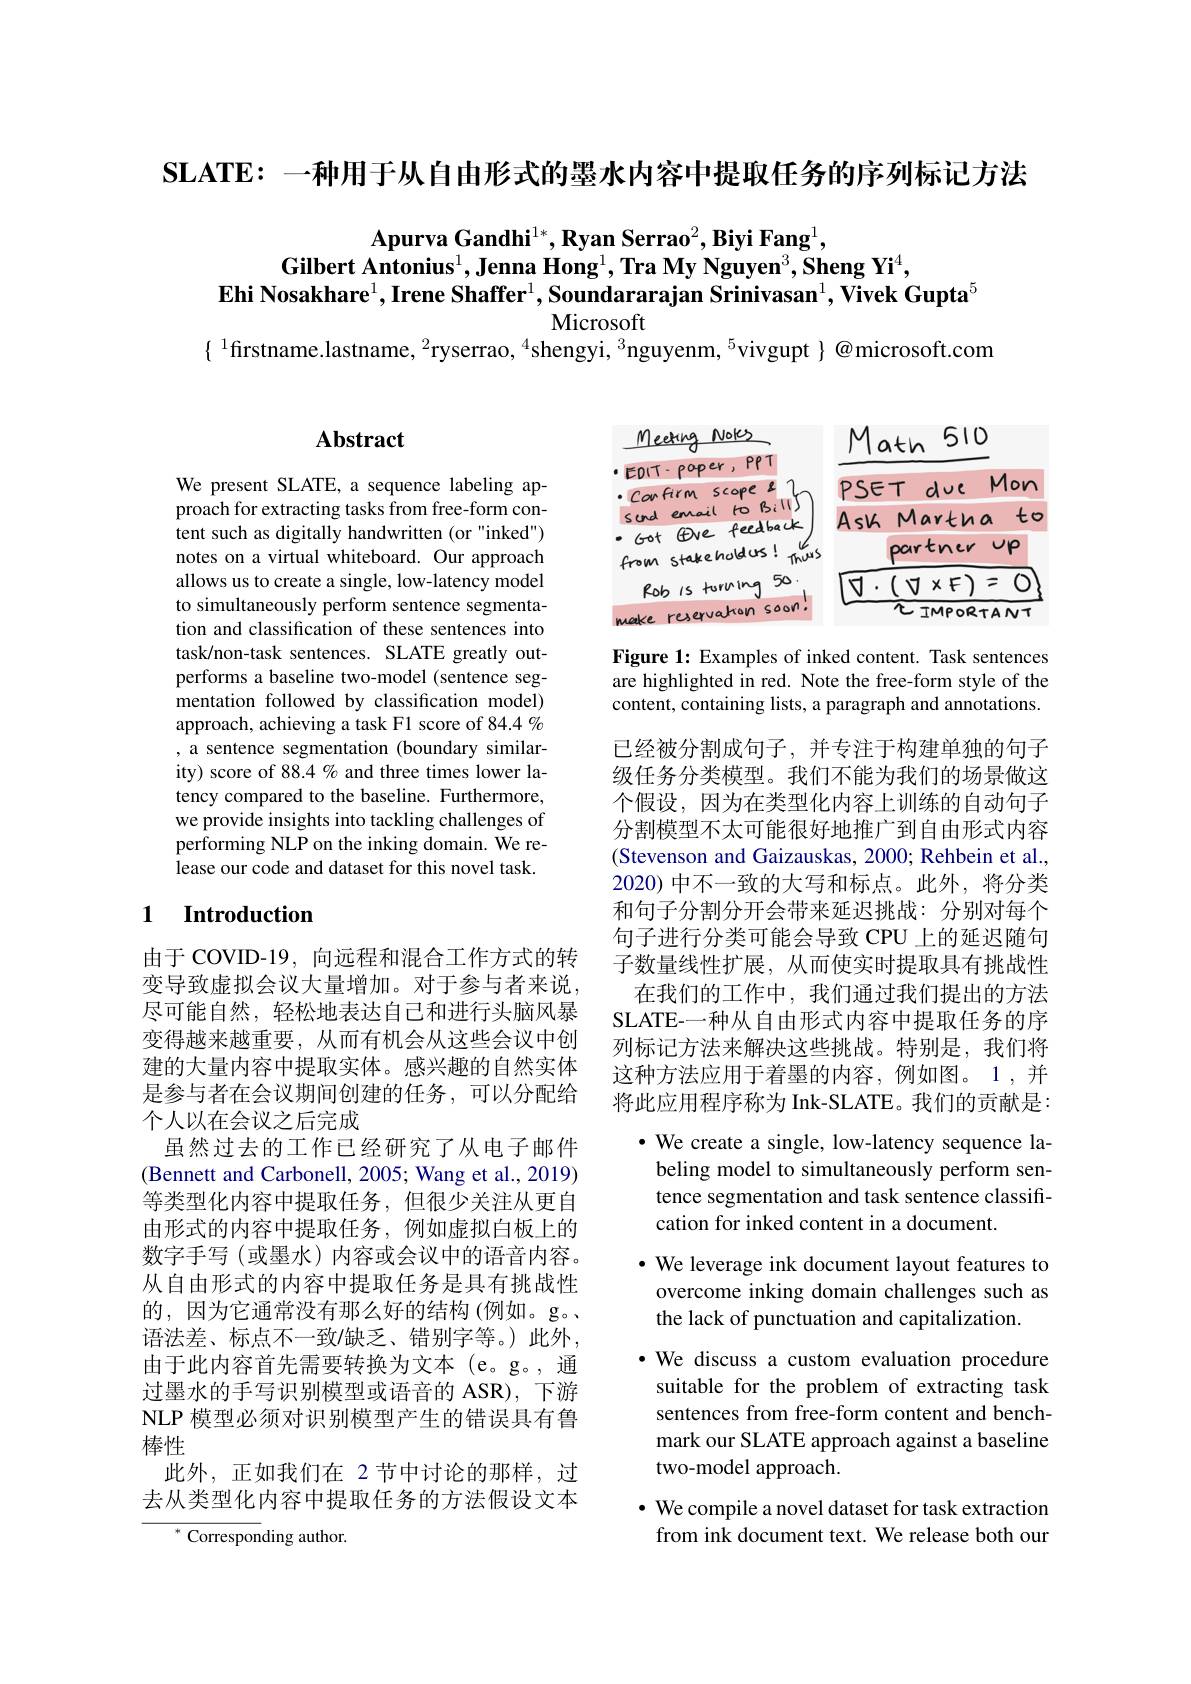
$\mathbf{SLATE:}-\mathbf{种}$用于从自由形式的墨水内容中提取任务的序列标记方法

$\textbf{Apurva Gandhi}^{1*},\textbf{Ryan Serrao}^2,\textbf{Biyi Fang}^1$,
Gilbert Antonius$^1,\textbf{Jenna Hong}^1,\textbf{Tra My Nguyen}^3,\textbf{Sheng Yi}^4$,
$\textbf{Ehi Nosakhare}^1,\text{Irene Shaffer}^1,\bar{\textbf{Soundararajan Srinivasan}}^1,\bar{\textbf{Vivek Gupta}}^5$
## Microsoft

$\{\:^{1}$firstname.lastname, $^2$ryserrao, $^4$shengyi, $^3$nguyenm, $^5$vivgupt $\}$ @microsoft.com

# Abstract

We present SLATE, a sequence labeling approach for extracting tasks from free-form content such as digitally handwritten (or "inked") notes on a virtual whiteboard. Our approach allows us to create a single, low-latency model to simultaneously perform sentence segmentation and classification of these sentences into task/non-task sentences. SLATE greatly outperforms a baseline two-model (sentence segmentation followed by classification model) approach, achieving a task F1 score of 84.4 % , a sentence segmentation (boundary similarity) score of 88.4 % and three times lower latency compared to the baseline. Furthermore, we provide insights into tackling challenges of performing NLP on the inking domain. We release our code and dataset for this novel task.

### 1 $\textbf{Introduction}$

由于 COVID-19, 向远程和混合工作方式的转变导致虚拟会议大量增加。对于参与者来说， 尽可能自然，轻松地表达自己和进行头脑风暴变得越来越重要，从而有机会从这些会议中创建的大量内容中提取实体。感兴趣的自然实体是参与者在会议期间创建的任务，可以分配给个人以在会议之后完成
虽然过去的工作已经研究了从电子邮件(Bennett and Carbonell, 2005; Wang et al., 2019) 等类型化内容中提取任务，但很少关注从更自由形式的内容中提取任务，例如虚拟白板上的数字手写(或墨水)内容或会议中的语音内容。从自由形式的内容中提取任务是具有挑战性的，因为它通常没有那么好的结构(例如。g。语法差、标点不一致/缺乏、错别字等。)此外， 由于此内容首先需要转换为文本(e。g。,通过墨水的手写识别模型或语音的 ASR), 下游NLP 模型必须对识别模型产生的错误具有鲁棒性
此外，正如我们在 2 节中讨论的那样，过去从类型化内容中提取任务的方法假设文本
$^*$ Corresponding author.

<FigureHere>

Figure 1: Examples of inked content. Task sentences are highlighted in red. Note the free-form style of the content, containing lists, a paragraph and annotations.

已经被分割成句子，并专注于构建单独的句子级任务分类模型。我们不能为我们的场景做这个假设，因为在类型化内容上训练的自动句子分割模型不太可能很好地推广到自由形式内容(Stevenson and Gaizauskas, 2000; Rehbein et al., 2020) 中不一致的大写和标点。此外，将分类和句子分割分开会带来延迟挑战：分别对每个句子进行分类可能会导致 CPU 上的延迟随句子数量线性扩展，从而使实时提取具有挑战性
在我们的工作中，我们通过我们提出的方法SLATE-一种从自由形式内容中提取任务的序列标记方法来解决这些挑战。特别是，我们将这种方法应用于着墨的内容，例如图。1,并将此应用程序称为 Ink-SLATE。我们的贡献是：

$\bullet$ We create a single, low-latency sequence labeling model to simultaneously perform sentence segmentation and task sentence classification for inked content in a document
· We leverage ink document layout features to overcome inking domain challenges such as the lack of punctuation and capitalization.
·We discuss a custom evaluation procedure
suitable for the problem of extracting task sentences from free-form content and benchmark our SLATE approach against a baseline two-model approach.
$\bullet$ We compile a novel dataset for task extraction from ink document text. We release both our